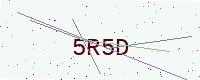
Text: 5R5D